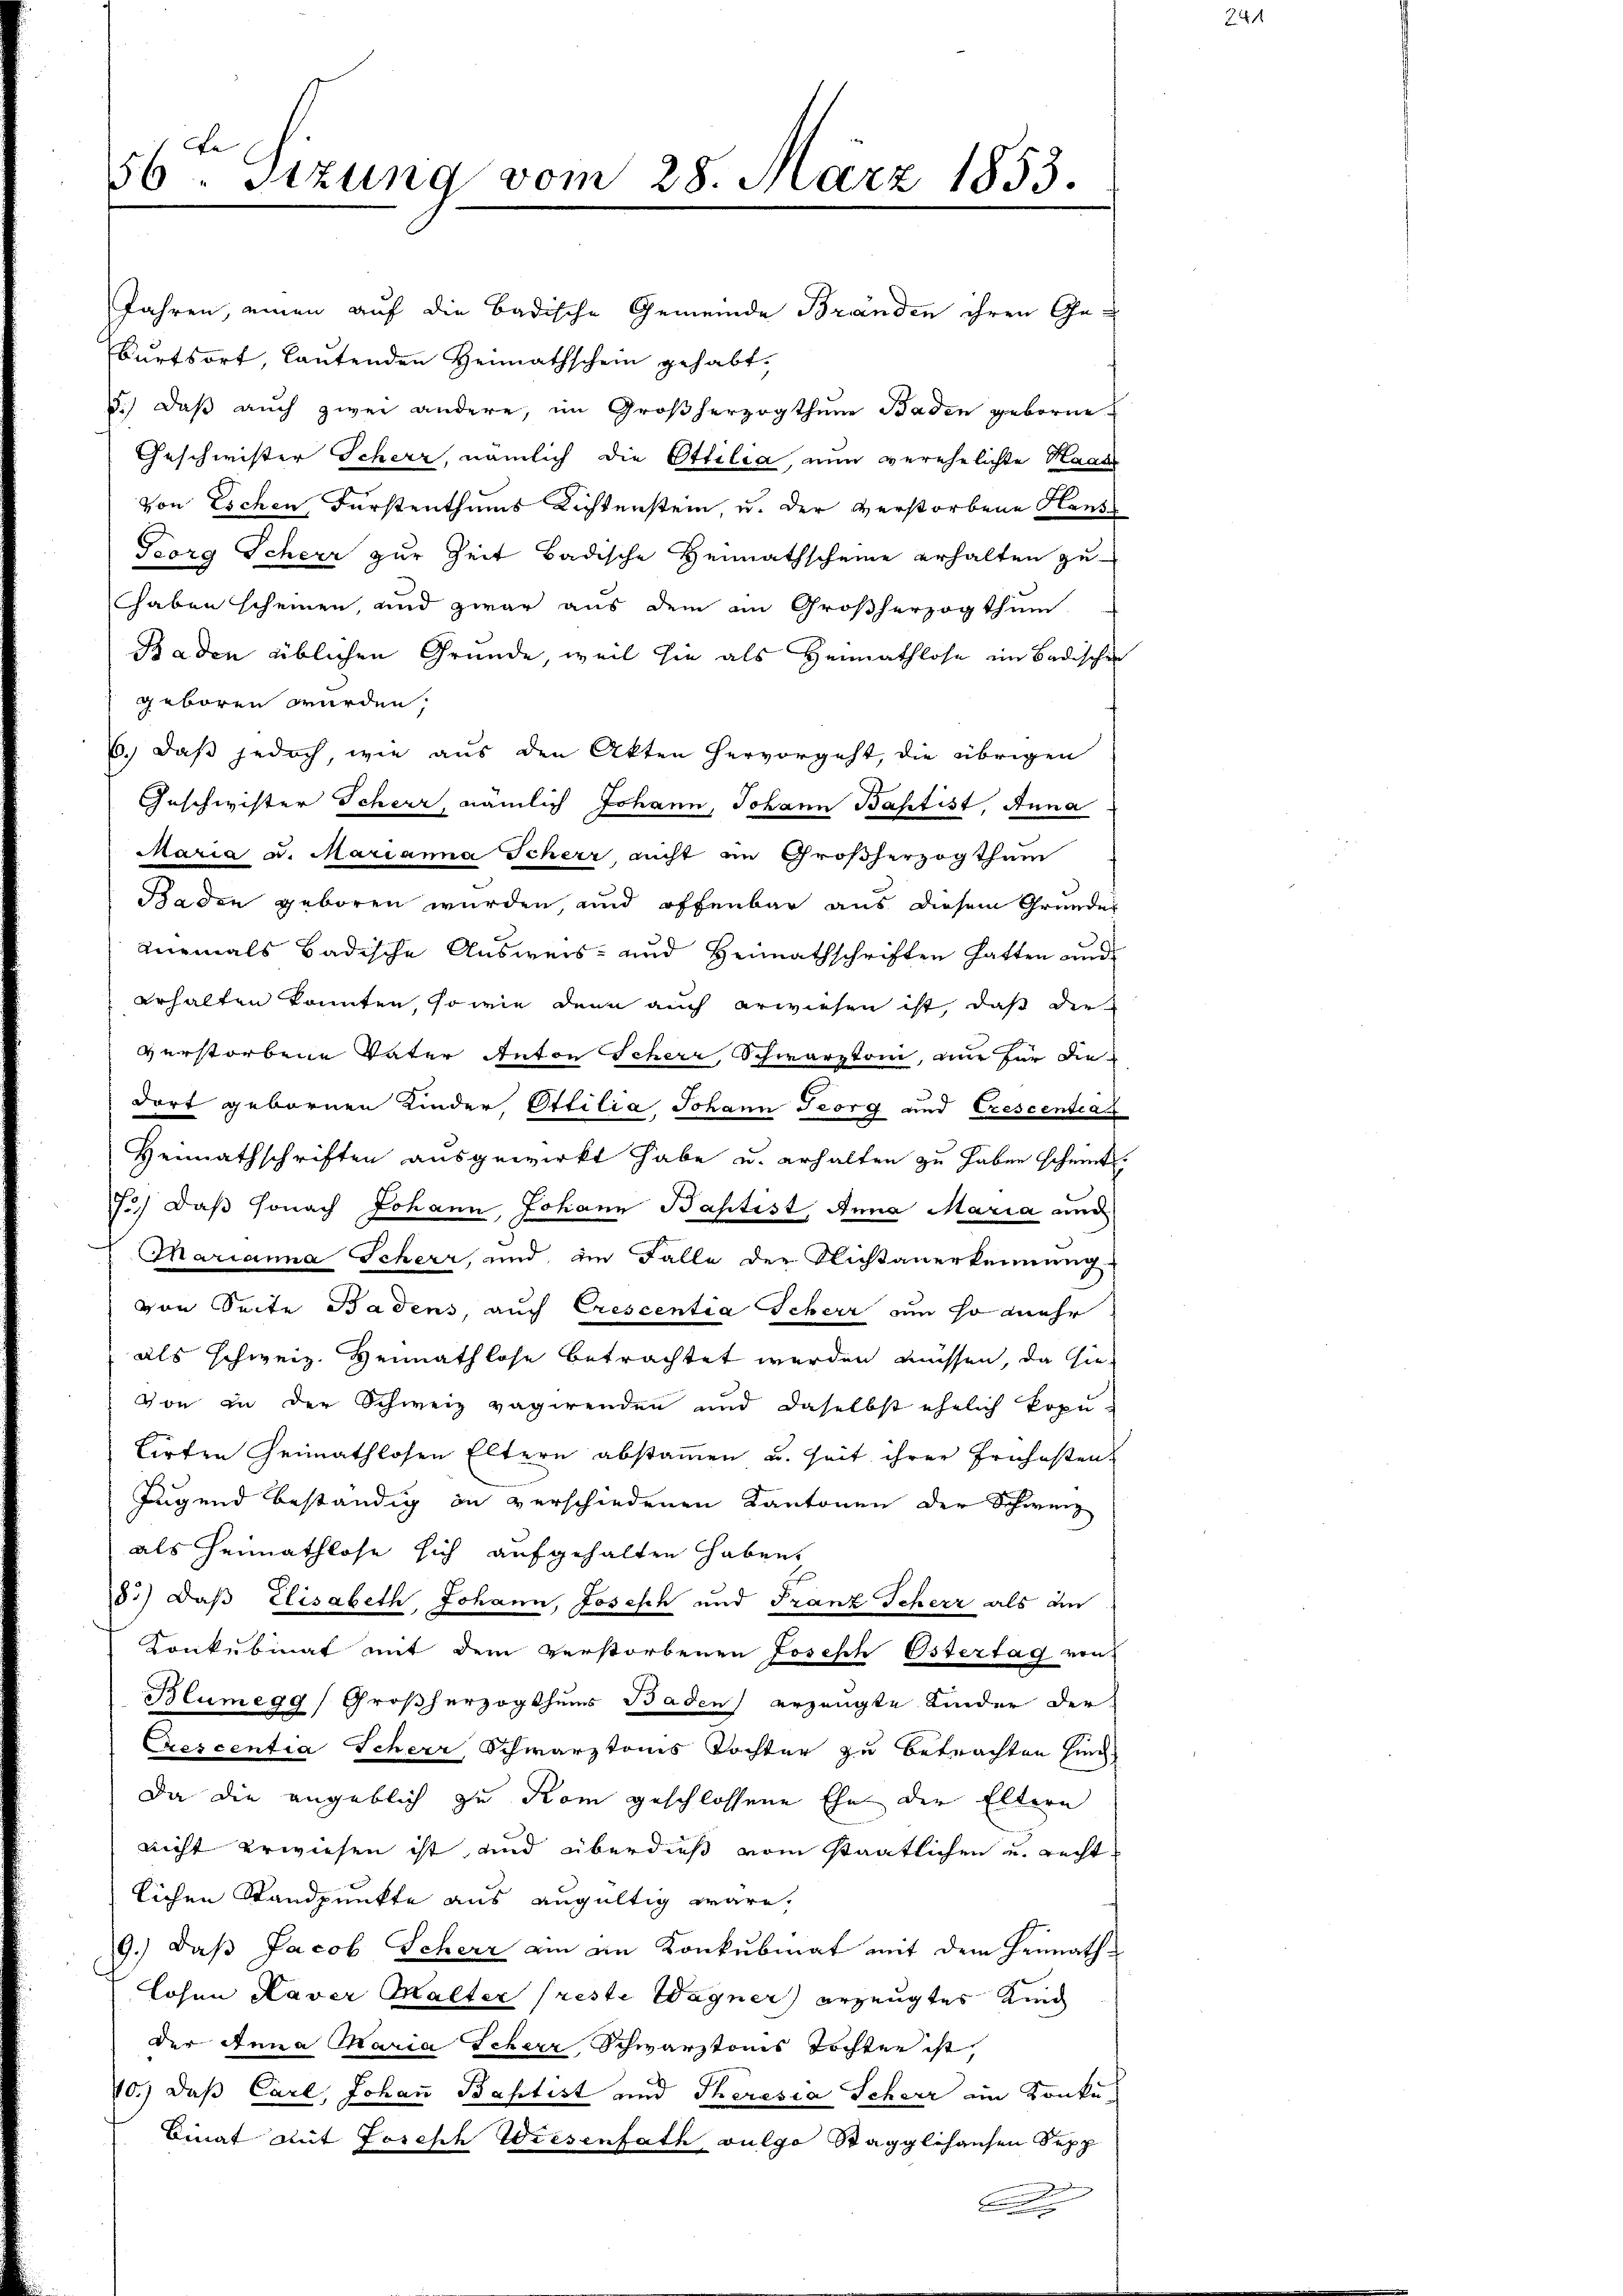
La
56. Sitzung vom 28. März 1853.

Jahren, einen auf die Badische Gemeinde Bränden ihren Ge¬
Burtsort, lautenden Heimathschein gehabt,
5.) Daß auch zwei andere, im Großherzogthum Baden geborne
Geschwister Scheer, nämlich die Ottilia, nun verehelichte Haas
von Eschen Fürstenthums Lichtenstein, u. der verstorbene Rente
Georg Scheer zur Zeit badische Heimathscheine erhalten zu
haben scheinen, und zwar aus dem im Großherzogthum
Baden üblichen Gründe, weil sie als Heimathlose im Badischen
geboren würden,
6. daß jedoch, wie aus den Akten hervorgeht, die übrigen
Geschwister Scheer, nämlich Johann, Johann Baptist, Anna
Maria u. Marianna Scherz nicht im Großherzogthum
Baden geboren wurden, und offenbar aus diesem Grundes
niemals Badische Ausweis- und Heimathschriften hatten und
erhalten konnten, so wie denn auch erwiesen ist, daß die
verstorbene Vater Anton Scherz, Schwarztoni, nur für die
dort gebornen Kinder, Ottilia Johann Georg und Crescentia
Heimathschriften ausgewirkt habe u. erhalten zu haben scheint.
J) Daß sonach Johann Johann Baptist, Anna Maria und
Marianna Scherz, und im Falle der Nichtanerkennung
von Seite Badens, auch Crescentia Scherr un so mehr
als schweiz. Heimathlose betrachtet werden müssen, da hie¬
Von in der Schweiz vagirenden und daselbst ehelich koputirten Heimathlosen Eltern abstamen u. seit ihrer Frühesten.
Jugend beständig in verschiedenen Kantonen der Schweiz
als Heimathlose sich aufgehalten haben,
8.) Daß Elisabeth, Johann, Josesch und Franz Scherr als den
Konkubinat mit dem verstorbenen Josesch Östertag von
Blumegg, Großherzogthums Baden erzeugte Kinder der
Crescentia Scheer, Schwarztonis Tochter zu betrachten sind,
Da die angeblich zu Rom geschlossene Ehe der Eltern
nicht erwiesen ist, und überdieß vom Staatlichen u. recht.
lichen Standpunkte aus augültig wäre,
9.) daß Jacob Scherr am am Konkubmat mit dem Heimath¬
Lohen Kaver Malter freste Wagner erzeugtes Kind
der Anna Maria Scherr Schwarztonis Töchter ist,
40.) Daß Carl, Johan Baptist und Theresia Scheer im Konku
Binat mit Joseph Wiesenfath vulgo Stägglihausen Supp
A